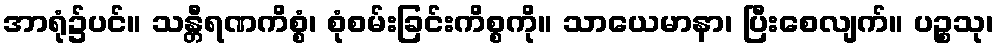
အာရုံ၌ပင်။ သန္တီရဏကိစ္စံ၊ စုံစမ်းခြင်းကိစ္စကို။ သာယေမာနာ၊ ပြီးစေလျက်။ ပဉ္စသု၊